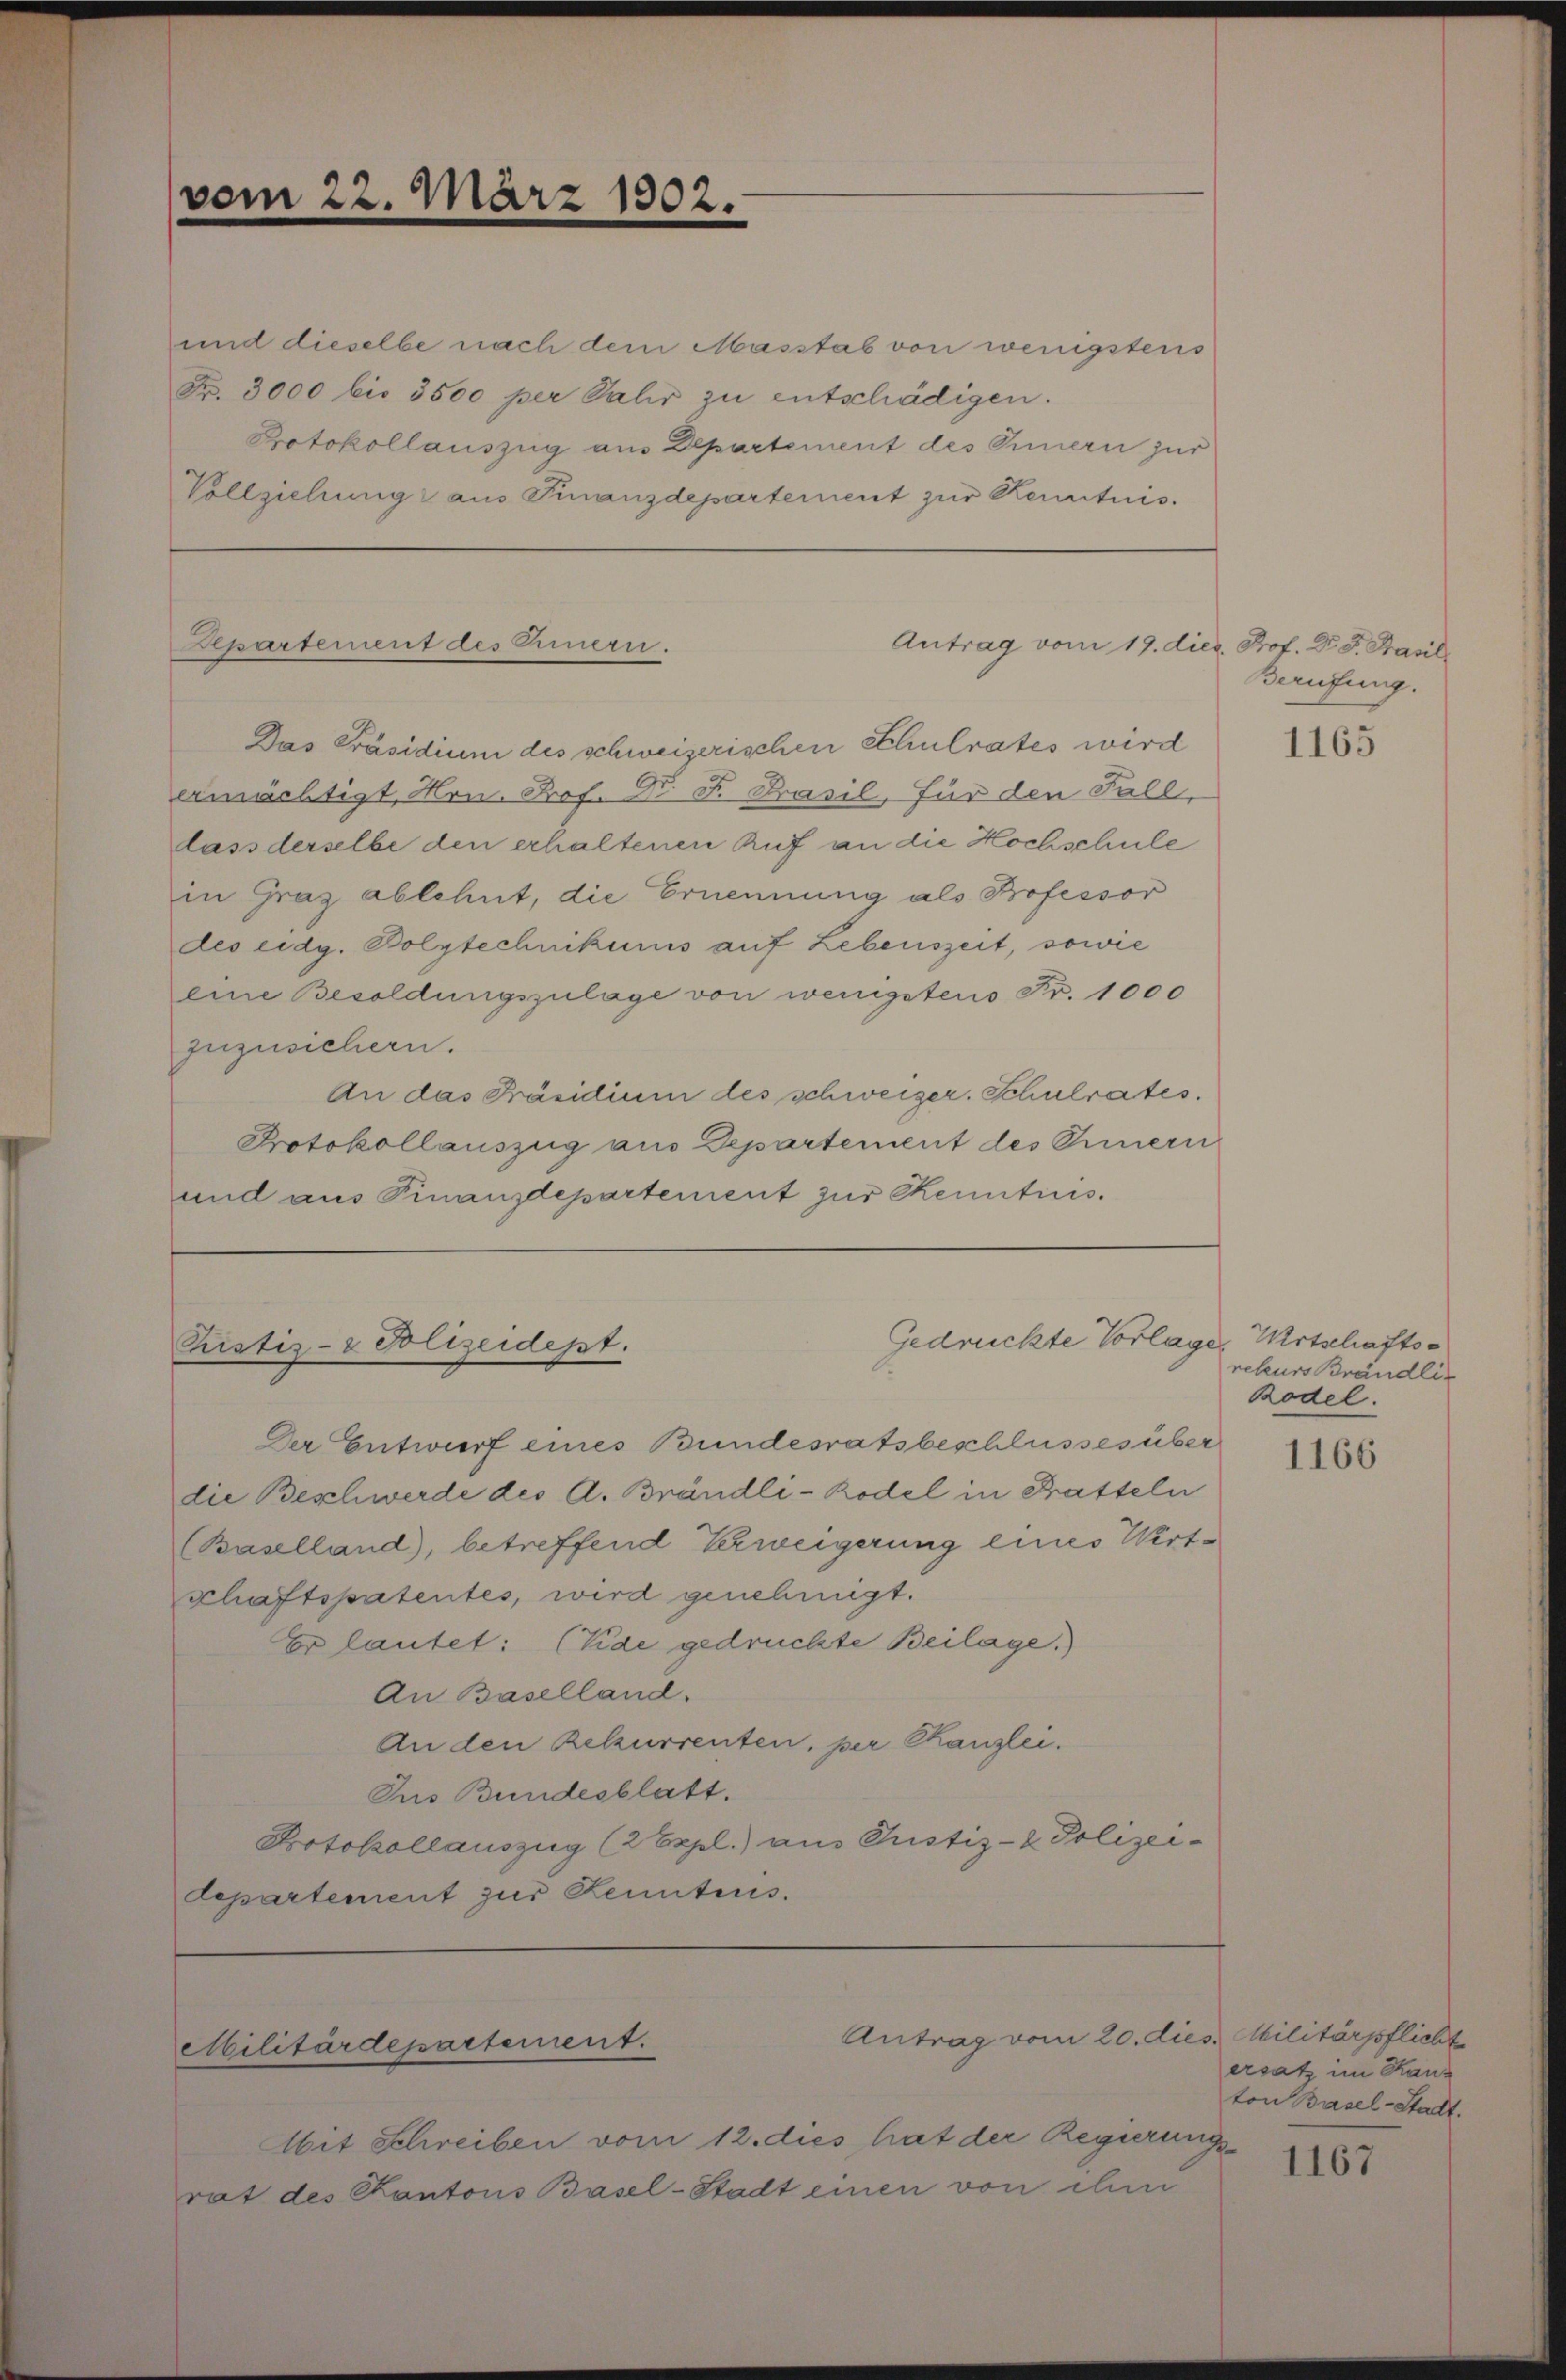
(vom 22. März 1802.

und dieselbe nach dem Masstab von wenigstens
Nr. 3000 bis 3500 per Jahr zu entschädigen.
Protokollauszug aus Departement des Innern zur
Vollziehung aus Finanzdepartement zur Kenntnis.

Aepartement des Innern.

Pustiz- & Polizeidept.

Antrag vom 19. die

Gedrückte Vorlages Mitschafts¬

Antrag vom 20. dies Militärpflicht
Militärdepartement.

Das Präsidium des schweizerischen Schulrates wird
ermächtigt, Hrn. Prof. S. Krasil, für den Fall,
lass derselbe den erhaltenen Auf an die Hochschule
in Graz ablehnt, die Ernennung als Professor
des eidg. Bolytechnikums auf Lebenszeit, sowie
eine Besoldungszulage von wenigstens Fr. 1000
zuzusichern.
An das Präsidium des schweizer. Schulrates.
Protokollauszug aus Departement des Innern
und aus Finanzdepartement zur Kenntnis.

Der Entwurf eines Bundesratsbeschlusses über
die Beschwerde des A. Brändle - Rodel in Bratteln
Baselland), betreffend Verweigerung eines Wirtschaftspatentes, wird genehmigt.
Er lautet: (Kae gedruckte Beilage.
An Baselland.
An den Rekurrenten, per Kanzlei.
Ius Bundesblatt.
Protokollauszug (2 Expl.) aus Justiz- & Polizeidepartement zur Kenntens.

Mit Schreiben vom 12. dies hat der Regierungs-
rat des Kantons Basel-Stadt einen von ihm

d. Prof. Dr. L. Stanill
Berufung.

1165

reteurs Brändlic
Rodel.

1166

ersatz im Kanz
ton Basel-Stadt.

1167